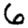
Digit: 6